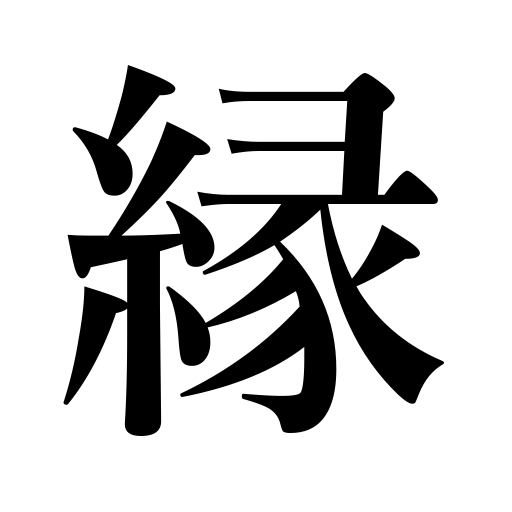
Meanings: relation,blood relation,border,marriage alliance,balcony,destiny,fringe,edge,marriage,brink,bank,connection,veranda,brim,bond,margin,frame,flange,shore,chance,affinity,side,verge,frill,ties,rim,acquaintance,fate,karma relation